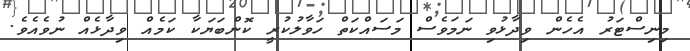
މިނިސްޓަރު އެހެން ވިދާޅުވި ނަމަވެސް މަސައްކަތް ހަވާލުކުރީ ކޮންބަޔަކާ ކަމެއް ވިދާޅެއް ނުވެއެވެ.